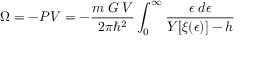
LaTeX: \Omega = - P V = - \frac { m \; { \cal { G } } \; V } { 2 \pi { \hbar } ^ { 2 } } \int _ { 0 } ^ { \infty } \frac { \epsilon \; d \epsilon } { { \cal { Y } } [ \xi ( \epsilon ) ] - h }